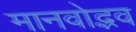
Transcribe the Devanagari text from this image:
मानवोद्भव